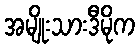
အမျိုးသားဒီမိုက